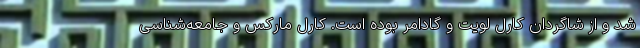
شد و از شاگردان کارل لویت و گادامر بوده‌ است. کارل مارکس و جامعه‌شناسی